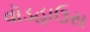
વૉડહાઉસ